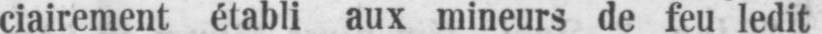
ciairement établi aux mineurs de feu ledit